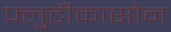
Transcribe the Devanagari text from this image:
फ्लुटीकासोन